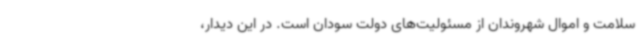
سلامت و اموال شهروندان از مسئولیت‌های دولت سودان است. در این دیدار،